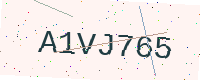
Text: A1VJ765